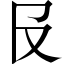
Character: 𠬝